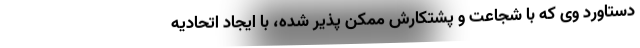
دستاورد وی که با شجاعت و پشتکارش ممکن پذیر شده، با ایجاد اتحادیه